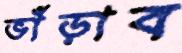
ভাঁড়াব